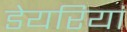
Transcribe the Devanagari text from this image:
डेयरियां